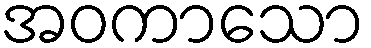
အဝကာသော